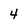
Character: 4